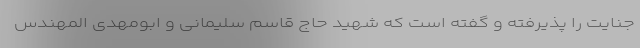
جنایت را پذیرفته و گفته است که شهید حاج قاسم سلیمانی و ابومهدی المهندس